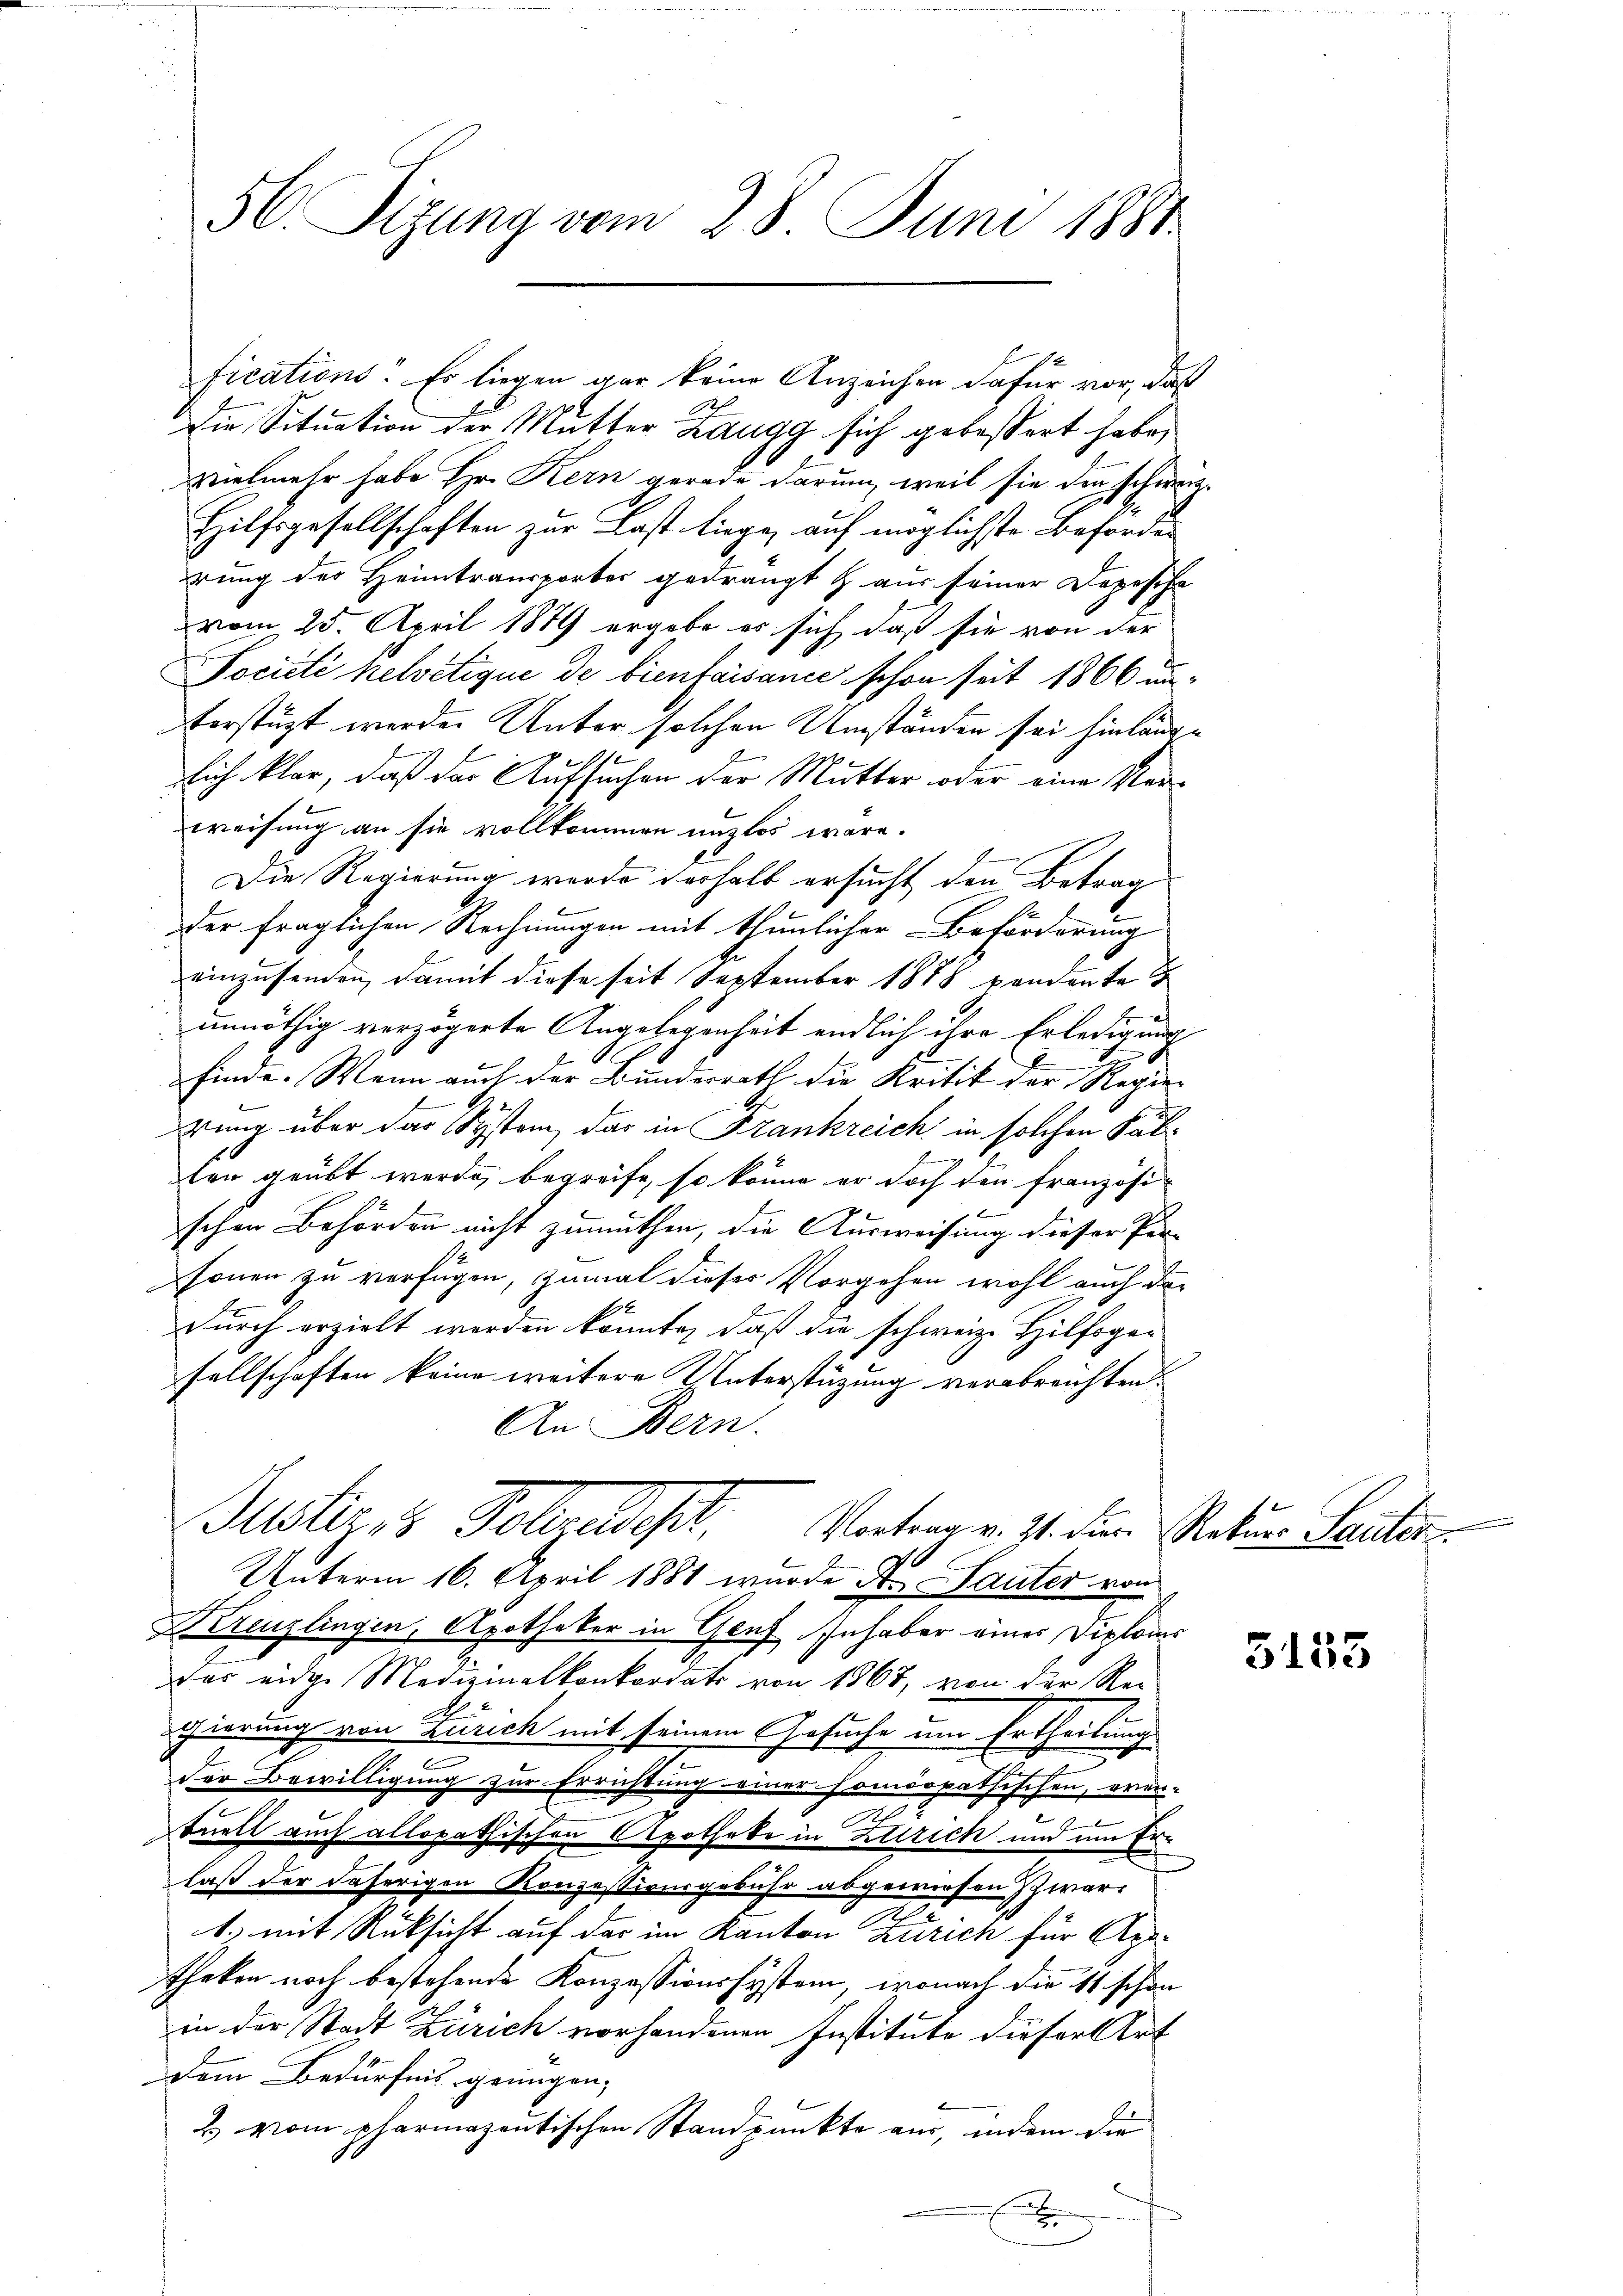
56. Sizung vom 28. Juni 1881.

A
Die Situation der Mutter Zaugg sich gebößert habe,
vielmehr habe Hr. Kern gerade darum, weil sie der schwerz¬
Hilfsgesellschaften zur Last liege, auf möglichste Beforder
rung der Heimtransporter gedrängt & aus seiner Depesche
vom 25. April 1879 ergebe es sich daß sie von der
Société helvetique de bienfaisance schon seit 1866 unterstüzt werden Unter solchen Umständen sei hinlängich klar, daß das Aufsuchen der Mutter oder eine Marweisung an sie vollkommen unzlos wäre.
Die Regierung wurde verhalb ersucht den Betrag
der fraglichen Rechnungen mit thunlicher Beförderung
einzusenden, damit diese seit September 1878 pendente
unnöthig verzögerte Angelegenheit endlich ihre Erledigung
finde. Wenn auch der Bundesrath die Kritik der Regier
A.
rung über das System, das in Frankreich in solchen Fälten geübt werde, begreife, so könne er doch den französi
x
schen Behörden nicht zumuthen, die Ausweisung dieser Per-
sonen zu verfügen, zumal dieses Vorgehen wohl auch dar
durch erzielt werden könnte, daß die schweiz. Hilfsgesellschaften keine weitere Unterstüzung verabreichten.
An Bern.
Justiz, 8 Polizeidest. Vorten v. Js. den Natur Leuten.
c
Unterm 16. April 1881 wurde A. Lauter von
Kreuzlingen, Apotheker in Genf Inhaber eines Diploms
das eidge Medizinalkonkordats von 1867, von der Rei-
gierung von Zürich mit seinem Gesuche um Ertheilung
der Bewilligung zur Errichtung einer homöopathischen, oran-
tuell auch allopathischen Apotheke in Zutrich und um Ern
laß der daherigen Konzessionsgebühr abgewiesen war,
e
1.) mit Rücksicht auf der im Kanton Zürich für Apotheken noch bestehende Konzessionssystem, wonach die 11 schon
in der Stadt Zürich vorhandenen Institute dieser Art
dem Bedürfnis genügen,
& vom pharmazeutischen Standpunkte aus, indem die
.

fications. Es liegen gar keine Anzeichen dafür vor, daß

5153